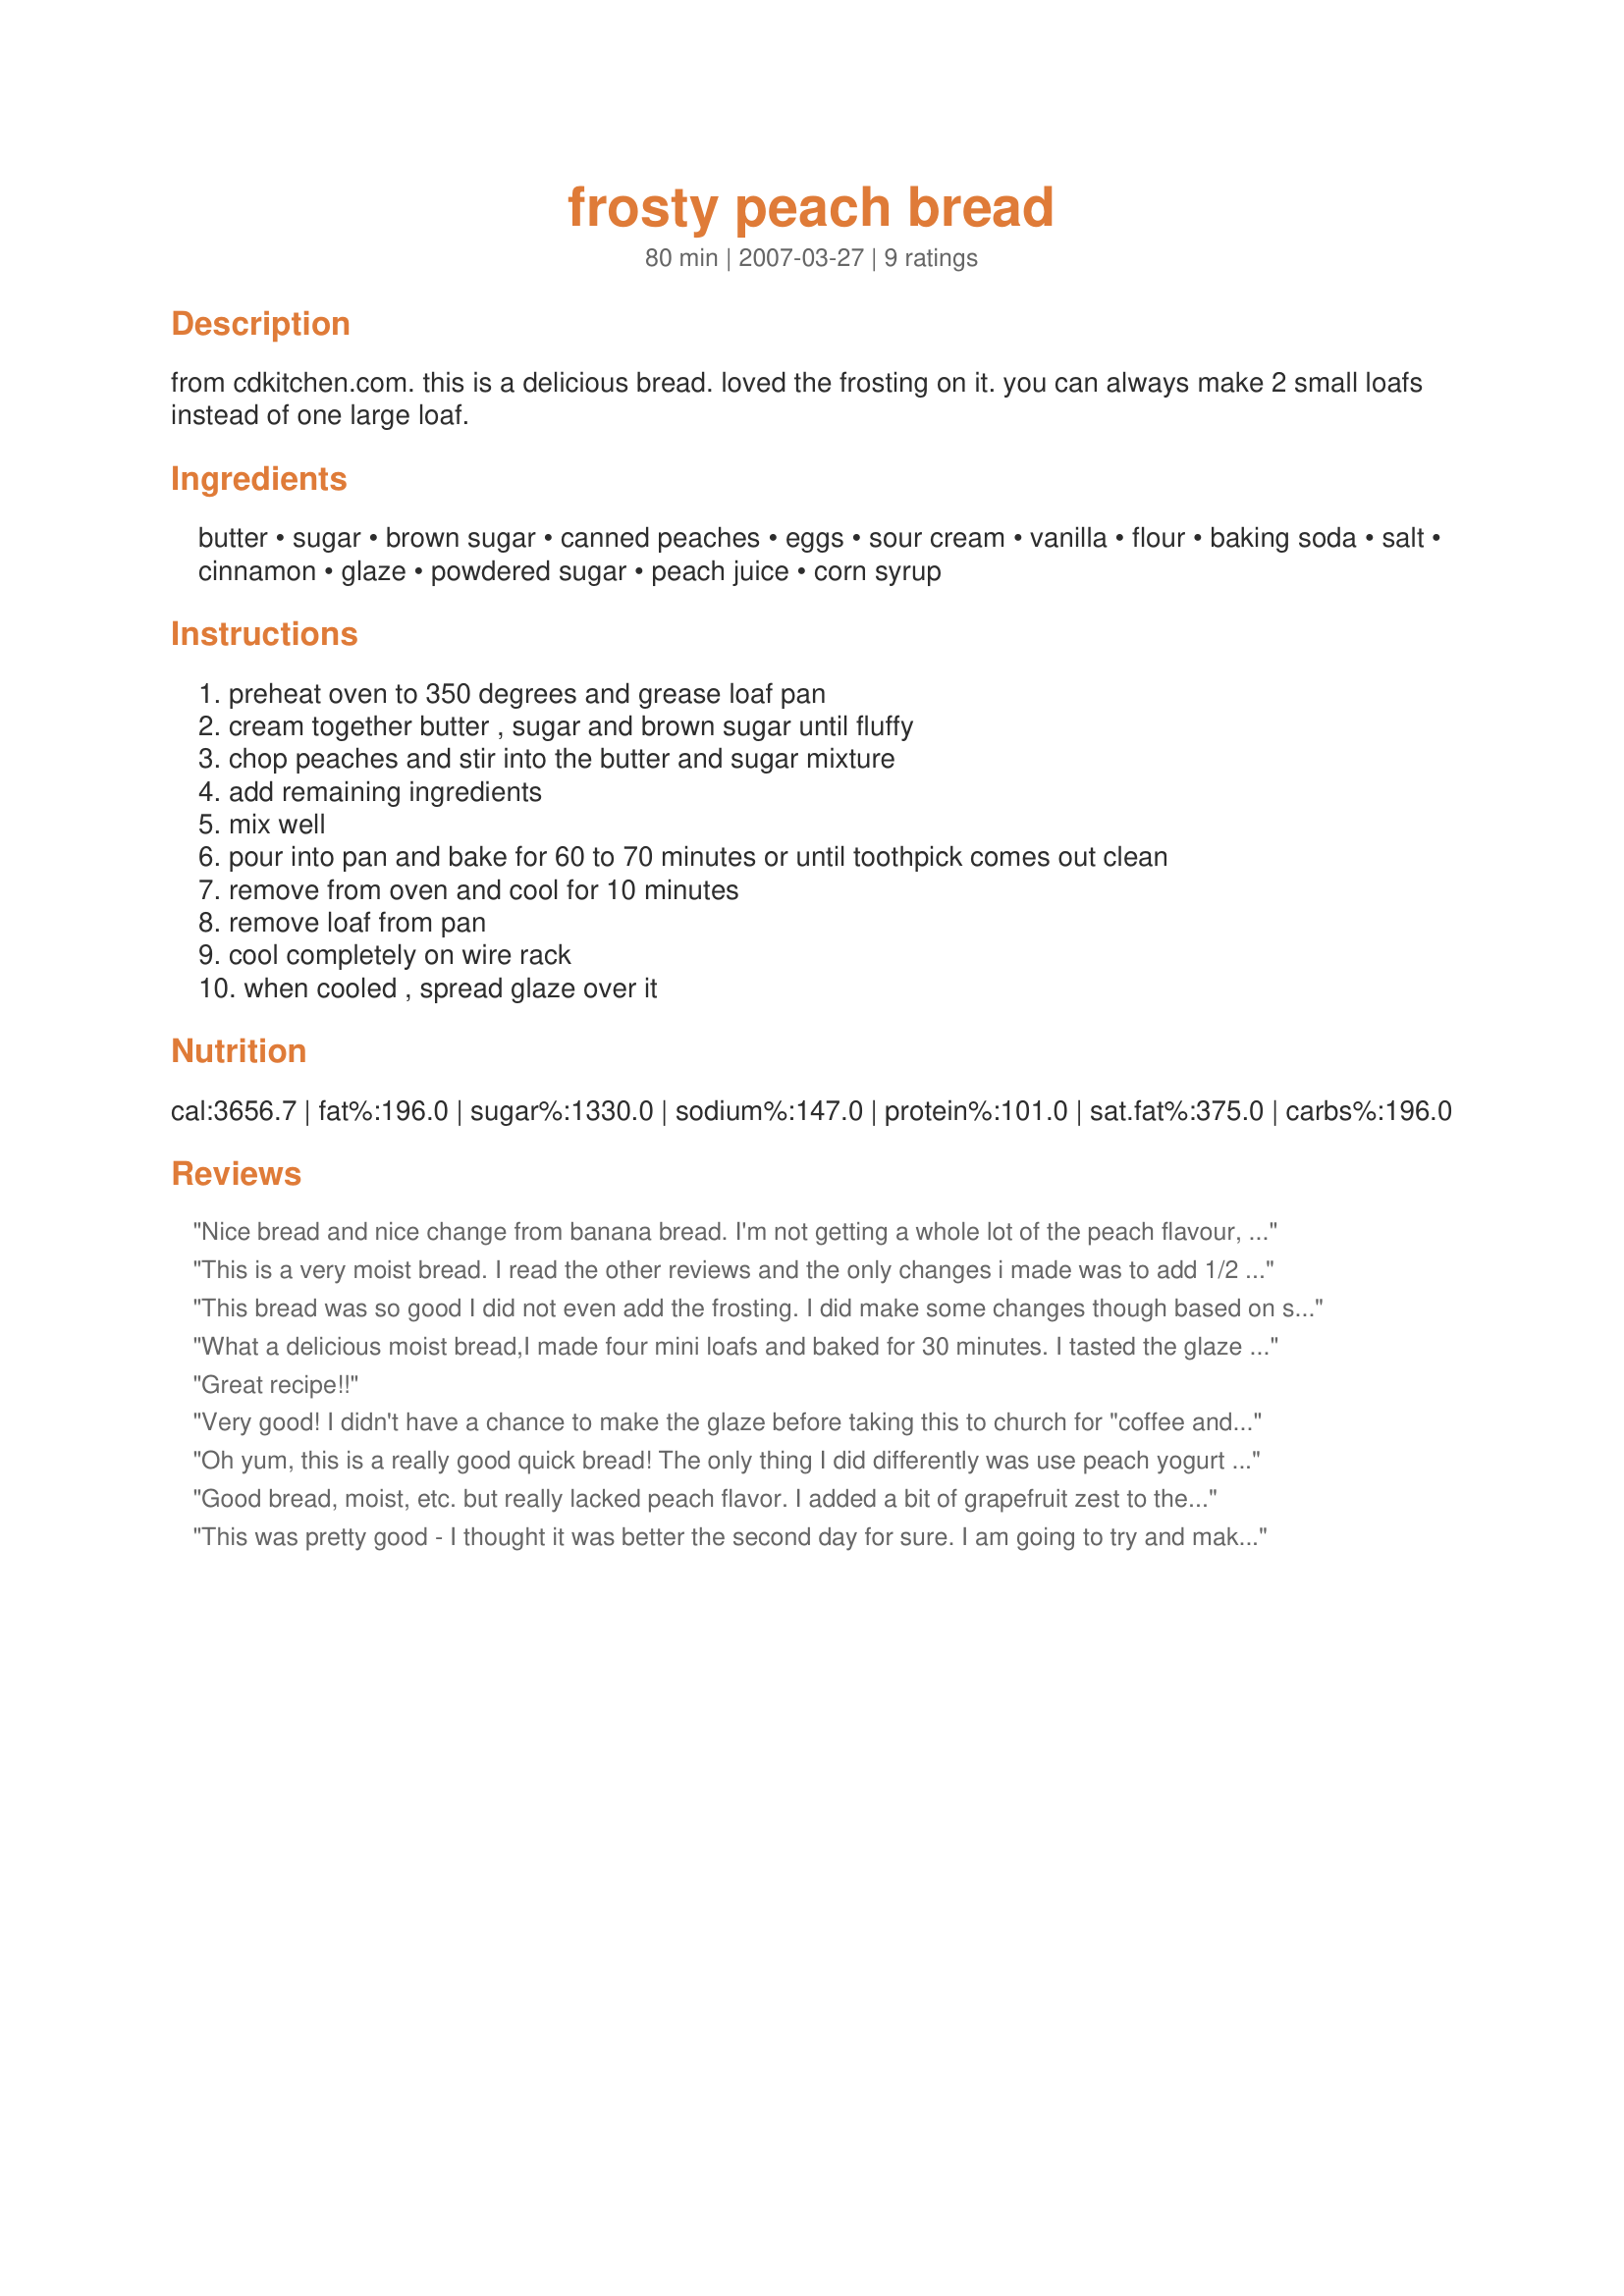
frosty peach bread
Preparation time: 80 minutes

from cdkitchen.com. this is a delicious bread. loved the frosting on it. you can always make 2 small loafs instead of one large loaf.

Ingredients:
butter, sugar, brown sugar, canned peaches, eggs, sour cream, vanilla, flour, baking soda, salt, cinnamon, glaze, powdered sugar, peach juice, corn syrup

Steps:
preheat oven to 350 degrees and grease loaf pan, cream together butter , sugar and brown sugar until fluffy, chop peaches and stir into the butter and sugar mixture, add remaining ingredients, mix well, pour into pan and bake for 60 to 70 minutes or until toothpick comes out clean, remove from oven and cool for 10 minutes, remove loaf from pan, cool completely on wire rack, when cooled , spread glaze over it

Reviews:
Nice bread and nice change from banana bread. I'm not getting a whole lot of the peach flavour, maybe that will be better tomorrow as one reviewer suggested. Based on other reviews I doubled up on the cinnamon as well. I also made it non dairy by using tofutti sour cream, ener-g egg replacer and earth balance "butter". It's very moist and light and we really like the glaze on top. I'd definitely make this again! Thanks for sharing...!
This is a very moist bread. I read the other reviews and the only changes i made was to add 1/2 tsp of apple pie spice, and a little of teh peach juice. I did not frost it, it is wonderful alone. I brought it to a brunch, and everyone loved it. Thanks for sharing!
This bread was so good I did not even add the frosting. I did make some changes though based on some other comments about the bread needing a little more flavor. I added 1 full tsp. cinnamon 2 cups sour cream, and I used the entire canned peaches(29 oz) chopped them up and used some of the liquid right in the bread mix. This bread came out amazing! My picky two year olds are eating it right now!
What a delicious moist bread,I made four mini loafs and baked for 30 minutes. I tasted the glaze right after mixing it and thought that it was to sweet at first, so I only put it on one loaf , then when I went to taste it on the bread the glaze had harden and tasted perfect. I did add a little peach nectar to the glaze, but followed exactly. I'll be making this agian for sure! Thanks
Great recipe!!
Very good! I didn't have a chance to make the glaze before taking this to church for "coffee and..." but it was a hit there for sure. Will make the glaze next time, I'm sure it will be even better then! Thanks for posting this one!
Oh yum, this is a really good quick bread! The only thing I did differently was use peach yogurt instead of the sour cream. Love the icing, added the perfect touch to it.
Good bread, moist, etc. but really lacked peach flavor. I added a bit of grapefruit zest to the frosting and it helped kick up the flavor a bit. I also used a pear/apple yogurt instead of the sour cream - because that was all I had. And it came out fine. Maybe with fresh peaches it would pack more flavor.
This was pretty good - I thought it was better the second day for sure. I am going to try and make it using the canned peaches from "Recipe#184882" as I thought the bread needed a bit more flavor. I also made mini loaves which I sent to my nieces and they liked it so it is kid friendly.
